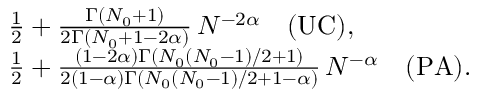
\begin{array} { r l } & { \frac { 1 } { 2 } + \frac { \Gamma ( N _ { 0 } + 1 ) } { 2 \Gamma ( N _ { 0 } + 1 - 2 \alpha ) } \, N ^ { - 2 \alpha } \quad \mathrm { ( U C ) } , } \\ & { \frac { 1 } { 2 } + \frac { ( 1 - 2 \alpha ) \Gamma ( N _ { 0 } ( N _ { 0 } - 1 ) / 2 + 1 ) } { 2 ( 1 - \alpha ) \Gamma ( N _ { 0 } ( N _ { 0 } - 1 ) / 2 + 1 - \alpha ) } \, N ^ { - \alpha } \quad \mathrm { ( P A ) } . } \end{array}